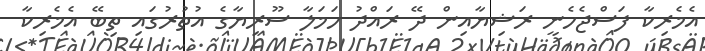
އެމެރިކާ ފަސްޖެހެނީ ރަޝިޔާއިން ދޭ ރައްދު ހަމަލާ ސޫރިޔާގެ އުތުރުގައި ތިބޭ އެމެރިކާ